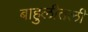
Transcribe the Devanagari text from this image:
बाहुलीतली